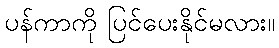
ပန်ကာကို ပြင်ပေးနိုင်မလား။